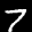
Label: 7